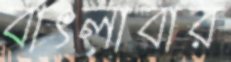
বাৎলাবার